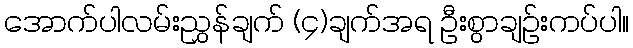
အောက်ပါလမ်းညွှန်ချက် (၄)ချက်အရ ဦးစွာချဉ်းကပ်ပါ။